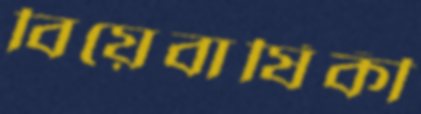
বিয়েবার্ষিকী